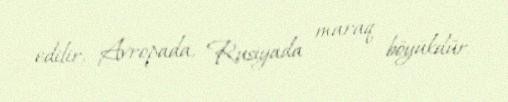
edilir, Avropada, Rusiyada maraq böyükdür.